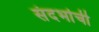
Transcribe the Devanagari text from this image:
संदर्भाची